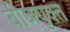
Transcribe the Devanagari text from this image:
बीजयुक्त